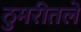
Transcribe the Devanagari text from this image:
ठुमरीतले